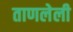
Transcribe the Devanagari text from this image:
ताणलेली